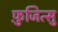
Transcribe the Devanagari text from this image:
फ़ुजित्सु